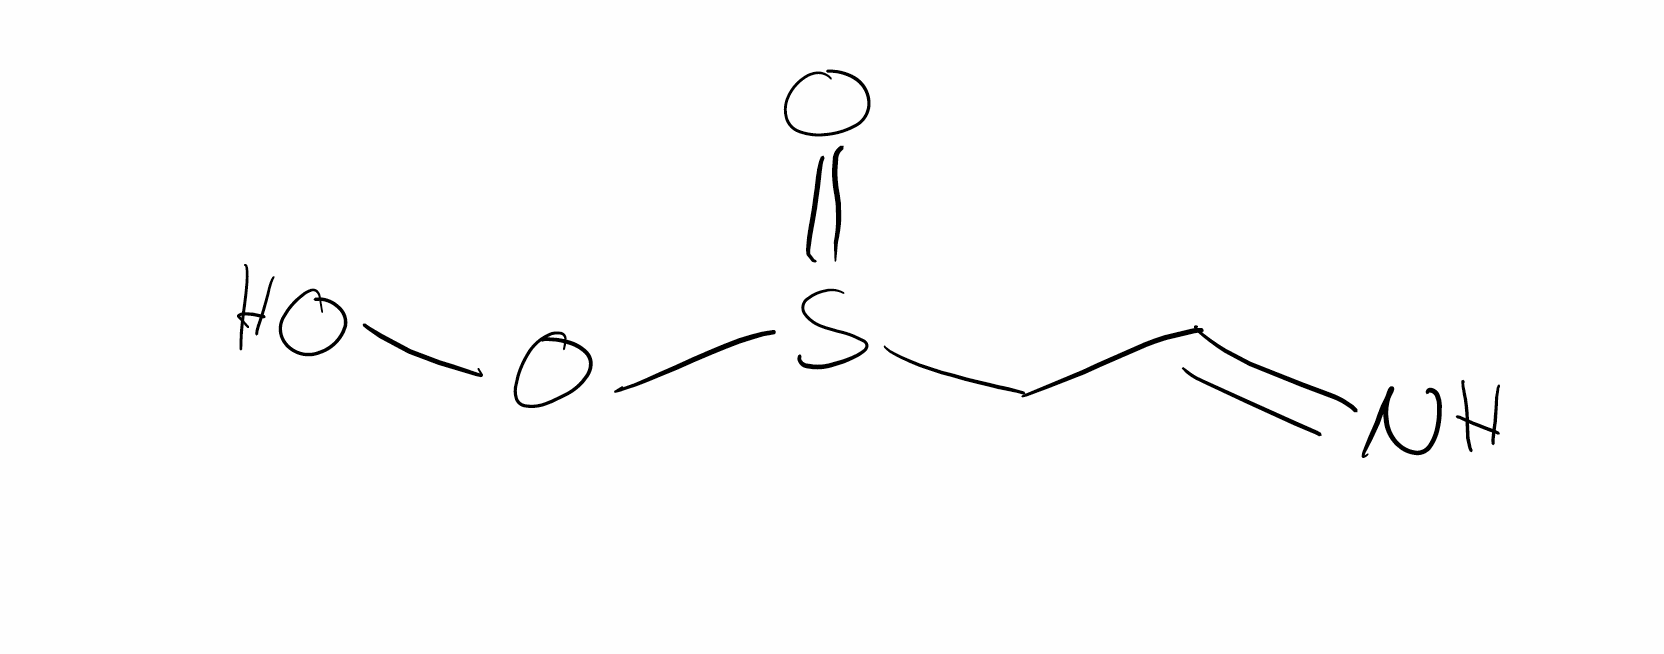
Simplified molecular-input line-entry system (SMILES) notation of the given molecule:
C(C=N)S(=O)OO